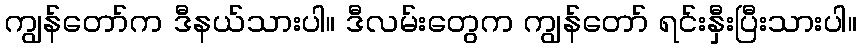
ကျွန်တော်က ဒီနယ်သားပါ။ ဒီလမ်းတွေက ကျွန်တော် ရင်းနှီးပြီးသားပါ။